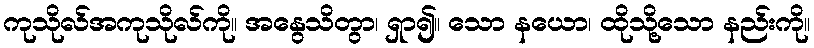
ကုသိုလ်အကုသိုလ်ကို။ အနွေသိတွာ၊ ရှာ၍။ သော နယော၊ ထိုသို့သော နည်းကို။